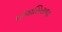
પજાસિરાજા